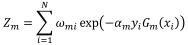
\[
Z_m = \sum_{i=1}^{N} \omega_{mi} \exp\left(-\alpha_{m} t_{i}\right) G_{m}\left(x_{i}\right)
\]